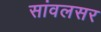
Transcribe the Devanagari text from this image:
सांवलसर